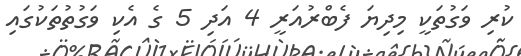
ކުރި ވަގުތަކީ މިދިޔަ ފެބްރުއަރީ 4 އަދި 5 ގެ އެކި ވަގުތުތަކުގައި